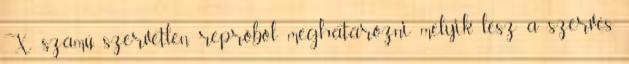
X számú szervetlen repróból meghatározni melyik lesz a szerves